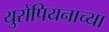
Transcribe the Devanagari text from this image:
युरोपियनाच्या